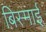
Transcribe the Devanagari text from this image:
बिस्माई